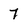
Character: 7